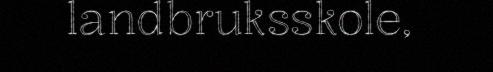
landbruksskole,